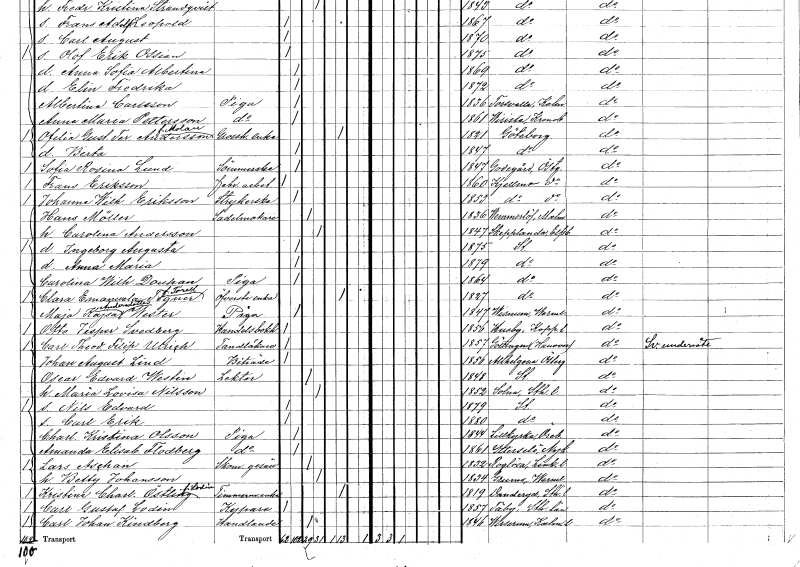
gt_parse: households: individuals: FN: Johanna Wilhelmina
EN: Eriksson
YRKE: Strykerska
KON: K
CIV: O
FODAR: 1853
FODFORS: Tjällmo Östergötlands län
FN: Hans
EN: Möller
YRKE: Sadelmakare
KON: M
CIV: G
FODAR: 1836
FODFORS: Vemmerlöv Malmöhus län
FN: Carolina
EN: Andersson
KON: K
CIV: G
FODAR: 1847
FODFORS: Skepplanda Älvsborgs län
FN: Ingeborg Augusta
KON: K
CIV: O
FODAR: 1875
FODFORS: Stockholm
FN: Anna Maria
KON: K
CIV: O
FODAR: 1879
FODFORS: Stockholm
FN: Carolina Wilhelmina
EN: Douhan
YRKE: Piga
KON: K
CIV: O
FODAR: 1864
FODFORS: Stockholm
FN: Clara Emanuela
EN: Tegner Torell
YRKE: Översteänka
KON: K
CIV: E
FODAR: 1827
FODFORS: Stockholm
FN: Maja Kajsa
EN: Andersdotter Wester
YRKE: Piga
KON: K
CIV: O
FODAR: 1847
FODFORS: Visnum Värmlands län
FN: Otto Jesper
EN: Svedberg
YRKE: Handelsbokhållare
KON: M
CIV: O
FODAR: 1856
FODFORS: Husby Kopparbergs län
FN: Carl Theodor Filip
EN: Ulrich
YRKE: Tandläkare
KON: M
CIV: O
FODAR: 1857
FN: Johan August
EN: Lind
YRKE: Biträde
KON: M
CIV: O
FODAR: 1856
FODFORS: Allhelgona Östergötlands län
FN: Oscar Edvard
EN: Westin
YRKE: Lektor
KON: M
CIV: G
FODAR: 1848
FODFORS: Stockholm
FN: Maria Lovisa
EN: Nilsson
KON: K
CIV: G
FODAR: 1852
FODFORS: Solna Stockholms län
FN: Nils Edvard
KON: M
CIV: O
FODAR: 1879
FODFORS: Stockholm
FN: Carl Erik
KON: M
CIV: O
FODAR: 1880
FODFORS: Stockholm
FN: Charlotta Kristina
EN: Olsson
YRKE: Piga
KON: K
CIV: O
FODAR: 1844
FODFORS: Lillkyrka Örebro län
FN: Amanda Elisabet
EN: Flodberg
YRKE: Piga
KON: K
CIV: O
FODAR: 1861
FODFORS: Ytterselö Södermanlands län
FN: Lars
EN: Aschan
YRKE: Skomakaregesäll
KON: M
CIV: G
FODAR: 1832
FODFORS: Rogslösa Östergötlands län
FN: Betty
EN: Johansson
KON: K
CIV: G
FODAR: 1834
FODFORS: Grums Värmlands län
FN: Kristina Charlotta
EN: Östling Lodin
YRKE: Timmermansänka
KON: K
CIV: E
FODAR: 1819
FODFORS: Danderyd Stockholms län
FN: Carl Gustaf
EN: Lodin
YRKE: Kypare
KON: M
CIV: O
FODAR: 1857
FODFORS: Täby Stockholms län
FN: Carl Johan
EN: Kindberg
YRKE: Handlande
KON: M
CIV: G
FODAR: 1846
FODFORS: Virserum Kalmar län